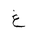
Letter: _gayn